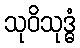
သုဝိသုဒ္ဓံ